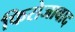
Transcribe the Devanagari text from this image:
फिरोजावाद